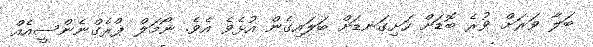
ބަލާ ވަރަށް ވުރެ ބޮޑަށް ހަށިގަނޑަށް ބަލައިގެން އުޅެވެ އެވެ. ނޯމަލް ޕްރެގްނެންސީއެއް